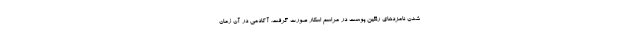
شدن نامزدهای رنگین پوست در مراسم اسکار صورت گرفت. آکادمی در آن زمان